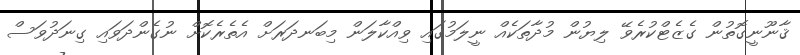
ޤާނޫނީގޮތުން ގެޒެޓްކުރެވޭ ލިޔުން މުދާތަކެއް ނީލަމުގައި ވިއްކާލަން މިބަނދަރަށް އެތެރެކޮށް ނުގެންދަވައި ގިނަދުވަސް